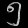
Digit: ၅